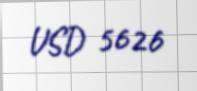
USD 5626